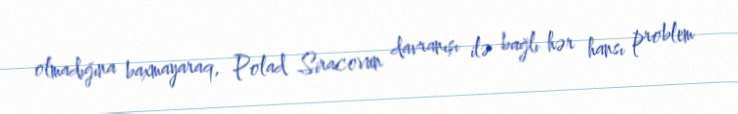
olmadığına baxmayaraq, Polad Siracovun davranışı ilə bağlı hər hansı problem